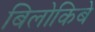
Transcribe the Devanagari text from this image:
बिलोकिबे